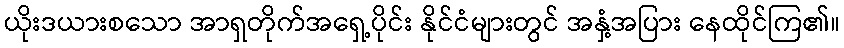
ယိုးဒယားစသော အာရှတိုက်အရှေ့ပိုင်း နိုင်ငံများတွင် အနှံ့အပြား နေထိုင်ကြ၏။